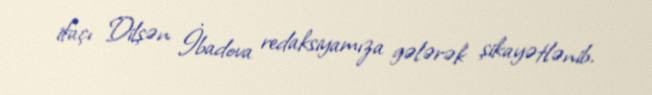
ifaçı Dilşən İbadova redaksiyamıza gələrək şikayətlənib.